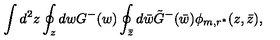
\int d ^ { 2 } z \oint _ { z } d w G ^ { - } ( w ) \oint _ { \bar { z } } d \bar { w } \tilde { G } ^ { - } ( \bar { w } ) \phi _ { m , r ^ { * } } ( z , \bar { z } ) ,